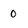
Character: 0